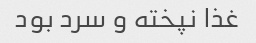
غذا نپخته و سرد بود ‌